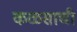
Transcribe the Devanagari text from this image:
कळसाची